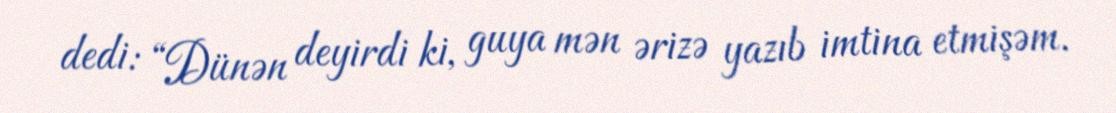
dedi: “Dünən deyirdi ki, guya mən ərizə yazıb imtina etmişəm.